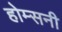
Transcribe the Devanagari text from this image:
होम्सनी